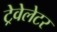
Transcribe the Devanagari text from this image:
ट्रेवेलेटर